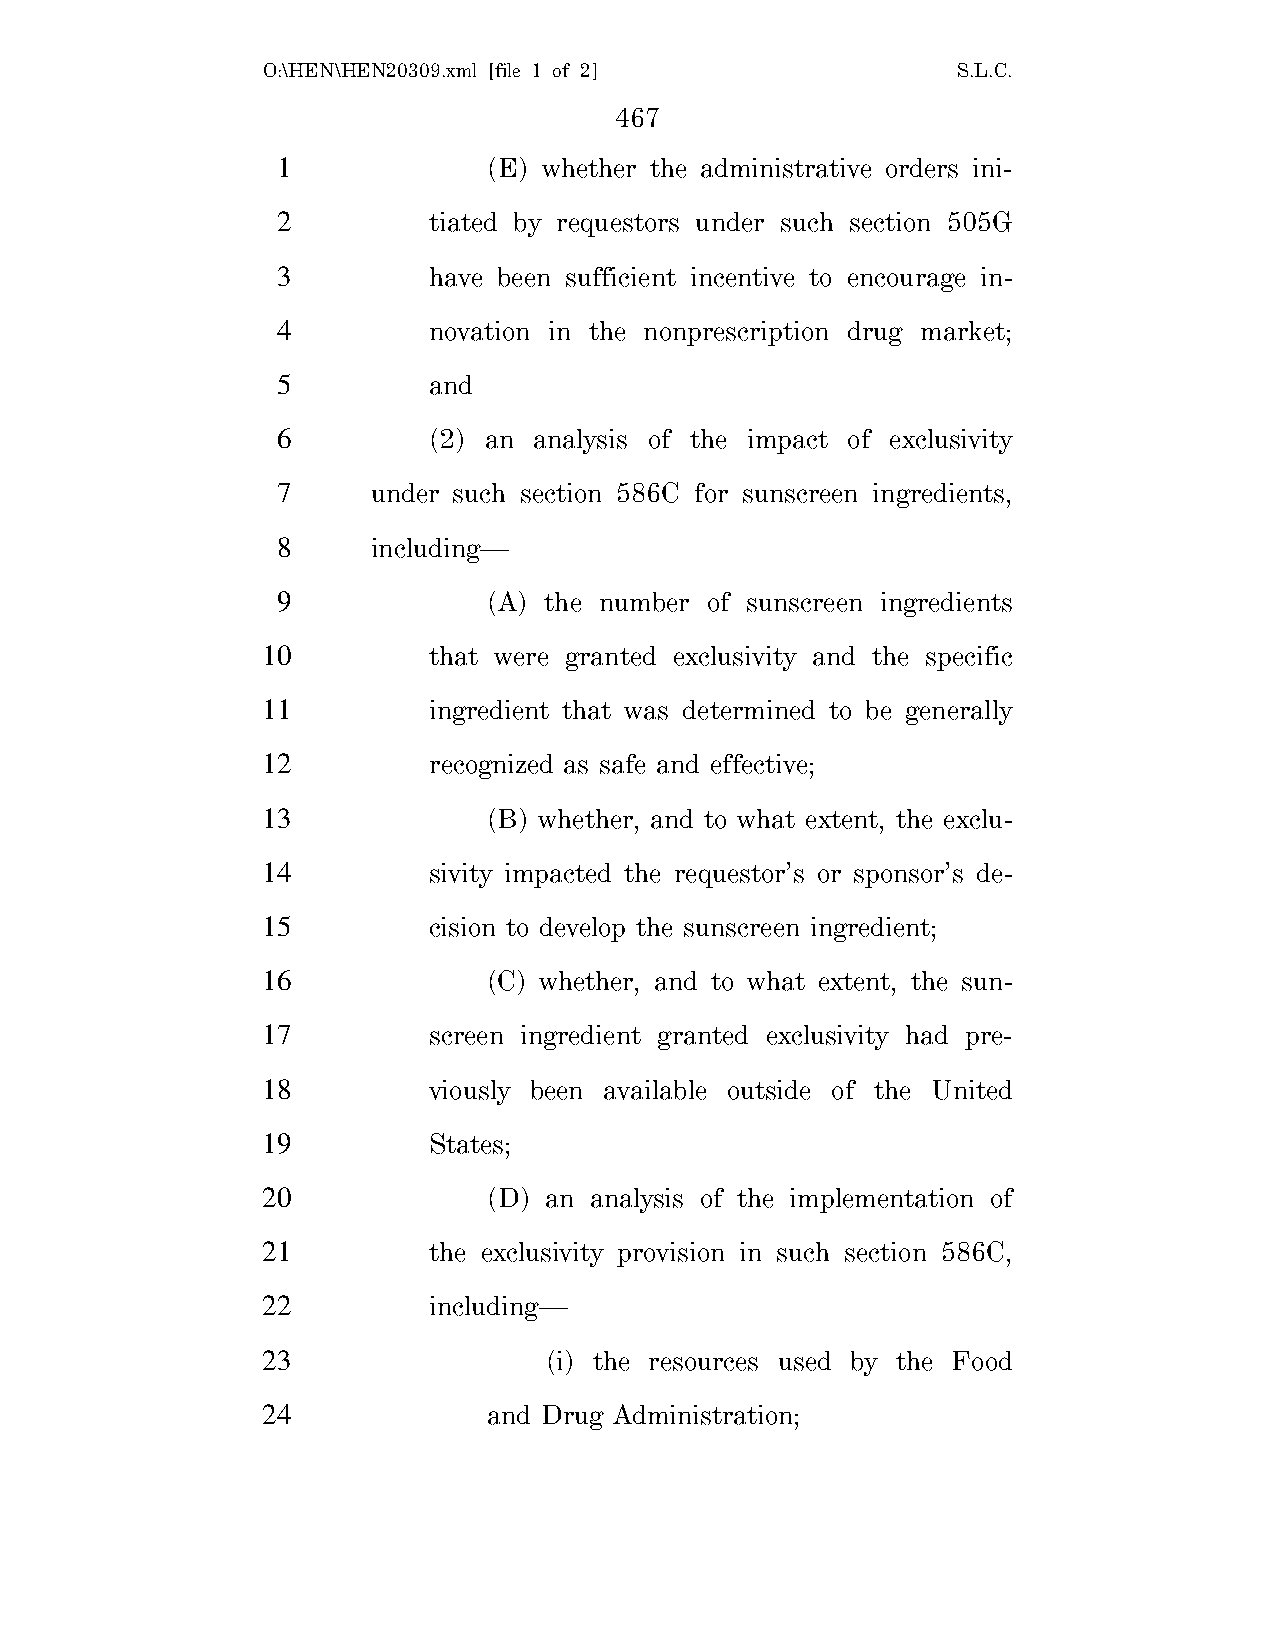
O:\HEN\HEN20309.xml [file 1 of 2]             S.L.C.
 467
 1             (E) whether the administrative orders ini-
 2         tiated by requestors under such section 505G
 3         have been sufficient incentive to encourage in-
 4         novation in the nonprescription drug market;
 5         and
 6         (2) an analysis of the impact of exclusivity
 7      under such section 586C for sunscreen ingredients,
 8      including—
 9             (A) the number of sunscreen ingredients
 10         that were granted exclusivity and the specific
 11         ingredient that was determined to be generally
 12         recognized as safe and effective;
 13             (B) whether, and to what extent, the exclu-
 14         sivity impacted the requestor’s or sponsor’s de-
 15         cision to develop the sunscreen ingredient;
 16             (C) whether, and to what extent, the sun-
 17         screen ingredient granted exclusivity had pre-
 18         viously been available outside of the United
 19         States;
 20             (D) an analysis of the implementation of
 21         the exclusivity provision in such section 586C,
 22         including—
 23                 (i) the resources used by the Food
 24             and Drug Administration;